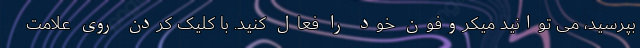
بپرسید، می توانید میکروفون خود را فعال کنید. با کلیک کردن روی علامت